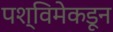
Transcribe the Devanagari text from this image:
पश्विमेकडून